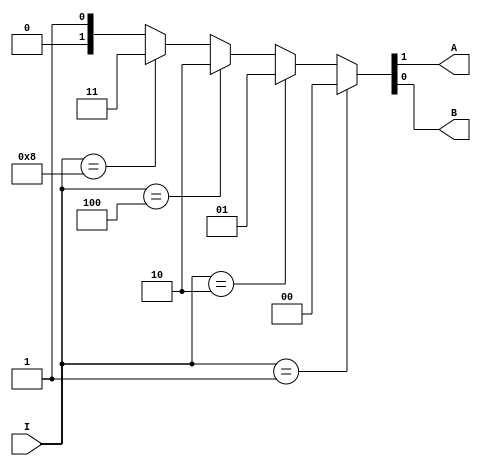
module ENCODER4_2(I, A, B);
    input [3: 0] I;
    output A, B;

    assign {A, B} = (I == 4'b0001) ? 2'b00 : 
                    (I == 4'b0010) ? 2'b01 :
                    (I == 4'b0100) ? 2'b10 :
                    (I == 4'b1000) ? 2'b11 : z; 
endmodule